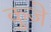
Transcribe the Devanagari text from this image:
कुजे